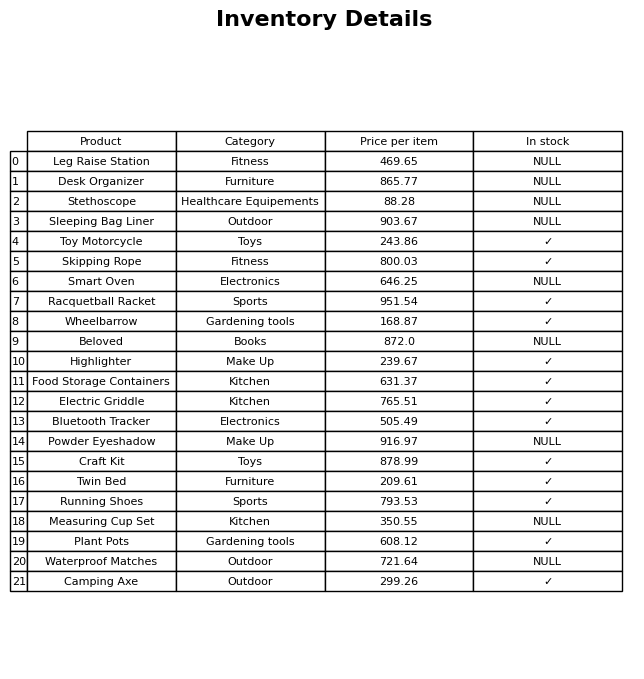
question: Which products are currently out of stock?
answer: Leg Raise Station, Desk Organizer, Stethoscope, Sleeping Bag Liner, Smart Oven, Beloved, Powder Eyeshadow, Measuring Cup Set, Waterproof Matches